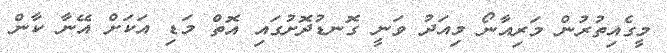
މީގެއިތުރުން މަރިއާނޯ މިއަދު ވަނީ ގޮނޑުދޮށުގައި އޮތް މަޑި އަކަށް އޭނާ ކާން